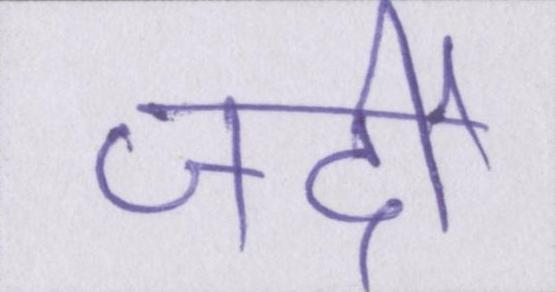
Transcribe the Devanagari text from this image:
जर्दी